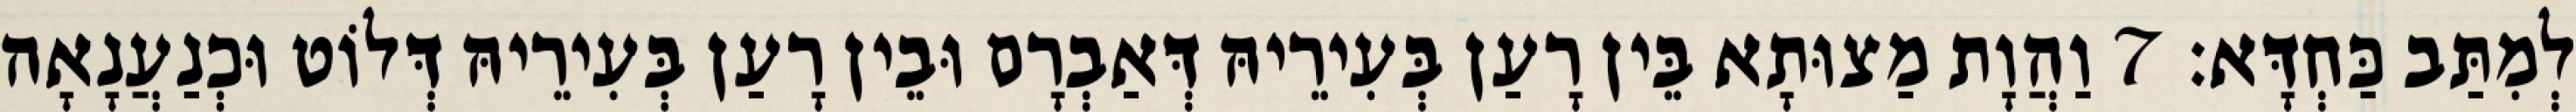
לְמִתַּב כַּחְדָּא׃ 7 וַהֲוָת מַצוּתָא בֵּין רָעַן בְּעִירֵיהּ דְּאַבְרָם וּבֵין רָעַן בְּעִירֵיהּ דְּלוֹט וּכְנַעֲנָאָה